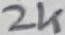
Text: 2K